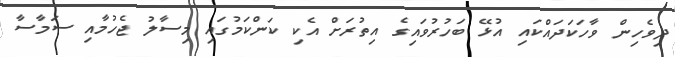
ދިވެހިން ވާހަކަދައްކައި އުޅޭ ބަހުރުވައިގެ އިތުރަށް އެކި ކަންކަމުގައި މިސާލު ޖެހުމާއި ސަމާސާ